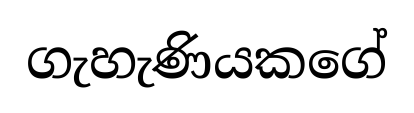
ගැහැණියකගේ